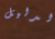
الدليل